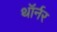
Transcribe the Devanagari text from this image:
थॉर्नर